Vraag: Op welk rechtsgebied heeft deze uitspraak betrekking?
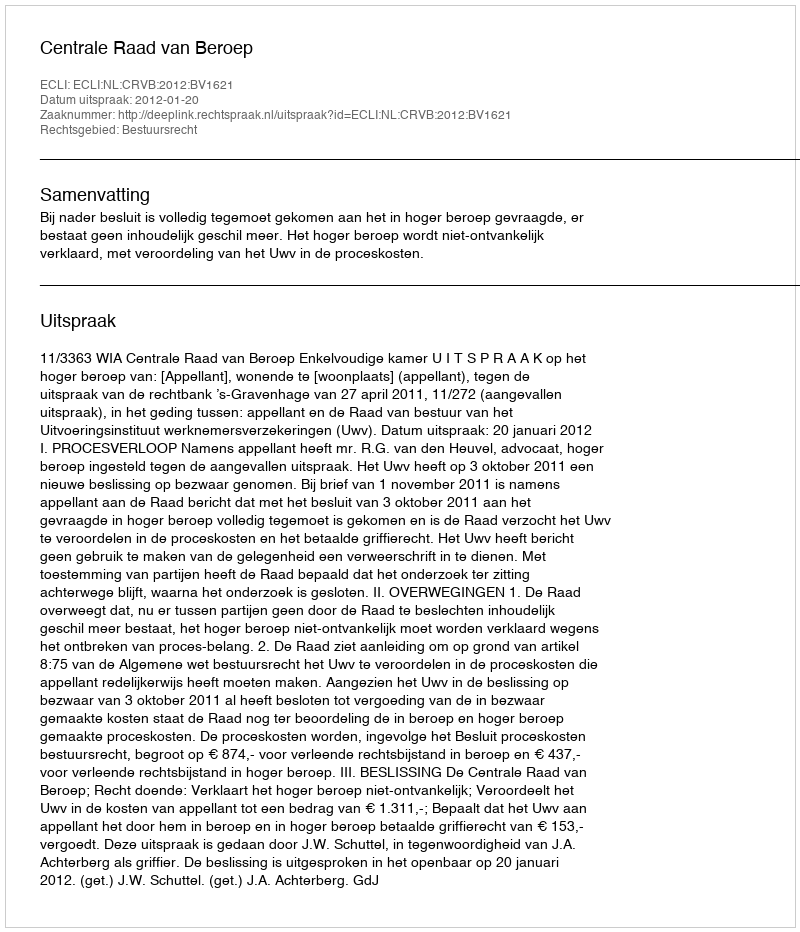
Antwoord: Bestuursrecht